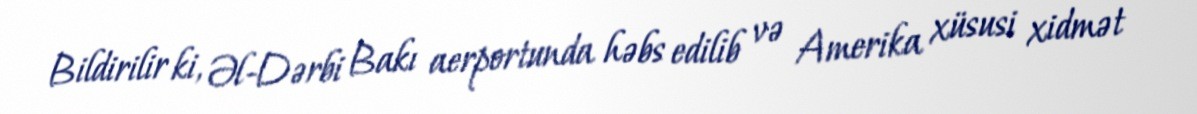
Bildirilir ki, Əl-Dərbi Bakı aerportunda həbs edilib və Amerika xüsusi xidmət